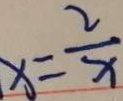
x = \frac { 2 } { x }